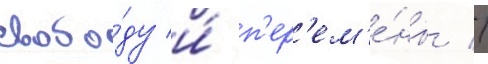
свобо́ду и́ п'ер'ем'е́ны //